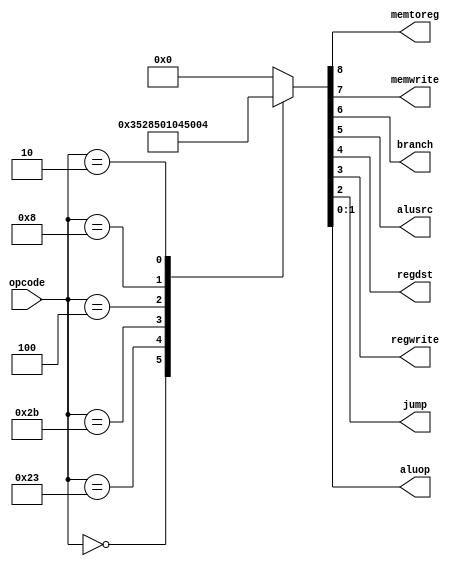
`timescale 1ns / 1ps
//////////////////////////////////////////////////////////////////////////////////
// Company: 
// Engineer: 
// 
// Design Name: 
// Module Name: main_decoder
// Project Name: 
// Target Devices: 
// Tool Versions: 
// Description: 
// 
// Dependencies: 
// 
// Revision:
// Revision 0.01 - File Created
// Additional Comments:
// 
//////////////////////////////////////////////////////////////////////////////////



 module maindec(opcode,memtoreg,memwrite,branch,alusrc,regdst,regwrite,jump,aluop);
	input wire [5:0] opcode;
	output reg [0:0] memtoreg;
	output reg [0:0] memwrite;
	output reg [0:0] branch;
	output reg [0:0] alusrc;
	output reg [0:0] regdst;
	output reg [0:0] regwrite;
	output reg [0:0] jump;
 	output reg [1:0] aluop;

	// signs : memtoreg + memwrite + branch + alusrc + regdst + regwrite + jump 

	always @(opcode) 
	begin
		case(opcode)
			6'b0000_00: begin 
				{memtoreg,memwrite,branch,alusrc,regdst,regwrite,jump,aluop} = 9'b0000_110_10; 
				 	 	end  // R-type
			6'b1000_11: begin 
				{memtoreg,memwrite,branch,alusrc,regdst,regwrite,jump,aluop} = 9'b1001_010_00; 
						end  // lw
			6'b1010_11: begin 
				{memtoreg,memwrite,branch,alusrc,regdst,regwrite,jump,aluop} = 9'b0101_000_00; 
					 	end  // sw
			6'b0001_00: begin 
				{memtoreg,memwrite,branch,alusrc,regdst,regwrite,jump,aluop} = 9'b0010_000_01; 
						end  // beq
			6'b0010_00: begin 
				{memtoreg,memwrite,branch,alusrc,regdst,regwrite,jump,aluop} = 9'b0001_010_00; 
				 		end  // addi
			6'b0000_10: begin 
				{memtoreg,memwrite,branch,alusrc,regdst,regwrite,jump,aluop} = 9'b0000_001_00; 
				 		end  // j
			default:    begin 
				{memtoreg,memwrite,branch,alusrc,regdst,regwrite,jump,aluop} = 9'b0000_000_00; 
			 			end
		endcase // opcode
	end
endmodule